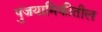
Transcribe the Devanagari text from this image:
पुंजयामिकीतील